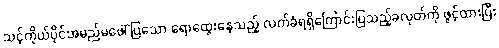
သင့်ကိုယ်ပိုင်အမည်မဖေါ်ပြသော ရောထွေးနေသည့် လက်ခံရရှိကြောင်းပြသည့်ခလုတ်ကို ဖွင့်ထားပြီး